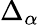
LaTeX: \textstyle\Delta_{\alpha}